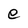
Character: e